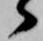
々